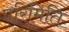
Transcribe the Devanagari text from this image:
परिमिति